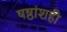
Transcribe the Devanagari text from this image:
षष्ठांशही